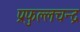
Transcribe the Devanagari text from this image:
प्रफुल्लचन्द्र